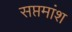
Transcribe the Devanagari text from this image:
सप्तमांश